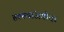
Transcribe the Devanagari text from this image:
हल्ल्यांअगोदर